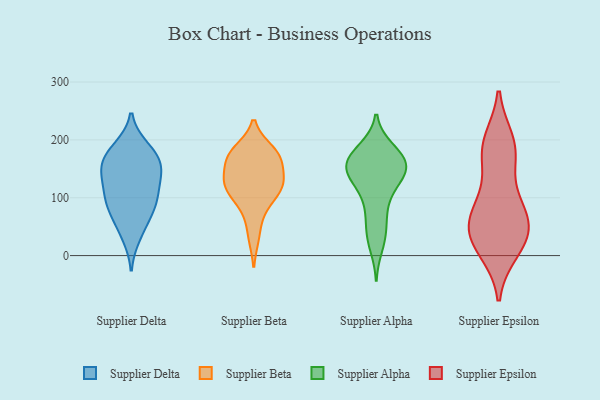
{"axis": {"x": "Gross Profit (USD K)", "y": "Value"}, "legend": ["Supplier Alpha", "Supplier Beta", "Supplier Delta", "Supplier Epsilon"], "data": [{"x": "", "y": 86, "type": "Supplier Delta"}, {"x": "", "y": 33, "type": "Supplier Delta"}, {"x": "", "y": 102, "type": "Supplier Delta"}, {"x": "", "y": 183, "type": "Supplier Delta"}, {"x": "", "y": 114, "type": "Supplier Delta"}, {"x": "", "y": 79, "type": "Supplier Delta"}, {"x": "", "y": 127, "type": "Supplier Delta"}, {"x": "", "y": 152, "type": "Supplier Delta"}, {"x": "", "y": 140, "type": "Supplier Delta"}, {"x": "", "y": 187, "type": "Supplier Delta"}, {"x": "", "y": 88, "type": "Supplier Delta"}, {"x": "", "y": 155, "type": "Supplier Delta"}, {"x": "", "y": 172, "type": "Supplier Delta"}, {"x": "", "y": 158, "type": "Supplier Delta"}, {"x": "", "y": 52, "type": "Supplier Delta"}, {"x": "", "y": 78, "type": "Supplier Beta"}, {"x": "", "y": 176, "type": "Supplier Beta"}, {"x": "", "y": 119, "type": "Supplier Beta"}, {"x": "", "y": 126, "type": "Supplier Beta"}, {"x": "", "y": 165, "type": "Supplier Beta"}, {"x": "", "y": 119, "type": "Supplier Beta"}, {"x": "", "y": 170, "type": "Supplier Beta"}, {"x": "", "y": 99, "type": "Supplier Beta"}, {"x": "", "y": 126, "type": "Supplier Beta"}, {"x": "", "y": 34, "type": "Supplier Beta"}, {"x": "", "y": 132, "type": "Supplier Beta"}, {"x": "", "y": 172, "type": "Supplier Beta"}, {"x": "", "y": 181, "type": "Supplier Beta"}, {"x": "", "y": 38, "type": "Supplier Alpha"}, {"x": "", "y": 171, "type": "Supplier Alpha"}, {"x": "", "y": 162, "type": "Supplier Alpha"}, {"x": "", "y": 161, "type": "Supplier Alpha"}, {"x": "", "y": 16, "type": "Supplier Alpha"}, {"x": "", "y": 184, "type": "Supplier Alpha"}, {"x": "", "y": 111, "type": "Supplier Alpha"}, {"x": "", "y": 181, "type": "Supplier Alpha"}, {"x": "", "y": 155, "type": "Supplier Alpha"}, {"x": "", "y": 146, "type": "Supplier Alpha"}, {"x": "", "y": 76, "type": "Supplier Alpha"}, {"x": "", "y": 157, "type": "Supplier Alpha"}, {"x": "", "y": 35, "type": "Supplier Alpha"}, {"x": "", "y": 71, "type": "Supplier Alpha"}, {"x": "", "y": 140, "type": "Supplier Alpha"}, {"x": "", "y": 138, "type": "Supplier Alpha"}, {"x": "", "y": 109, "type": "Supplier Alpha"}, {"x": "", "y": 136, "type": "Supplier Alpha"}, {"x": "", "y": 147, "type": "Supplier Alpha"}, {"x": "", "y": 176, "type": "Supplier Alpha"}, {"x": "", "y": 168, "type": "Supplier Epsilon"}, {"x": "", "y": 188, "type": "Supplier Epsilon"}, {"x": "", "y": 43, "type": "Supplier Epsilon"}, {"x": "", "y": 196, "type": "Supplier Epsilon"}, {"x": "", "y": 86, "type": "Supplier Epsilon"}, {"x": "", "y": 46, "type": "Supplier Epsilon"}, {"x": "", "y": 184, "type": "Supplier Epsilon"}, {"x": "", "y": 21, "type": "Supplier Epsilon"}, {"x": "", "y": 10, "type": "Supplier Epsilon"}, {"x": "", "y": 24, "type": "Supplier Epsilon"}, {"x": "", "y": 66, "type": "Supplier Epsilon"}, {"x": "", "y": 58, "type": "Supplier Epsilon"}, {"x": "", "y": 97, "type": "Supplier Epsilon"}]}